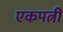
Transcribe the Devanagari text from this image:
एकपत्नी